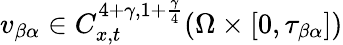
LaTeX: v_{\beta\alpha}\in C_{x,t}^{4+\gamma,1+\frac{\gamma}{4}}(\Omega\times[0,\tau_{\beta\alpha}])